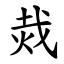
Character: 烖